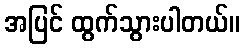
အပြင် ထွက်သွားပါတယ်။